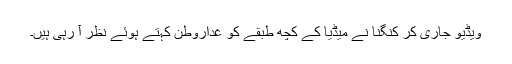
ویڈیو جاری کر کنگنا نے میڈیا کے کچھ طبقے کو غداروطن کہتے ہوئے نظر آ رہی ہیں۔